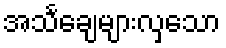
အသင်္ချေများလှသော